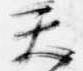
天